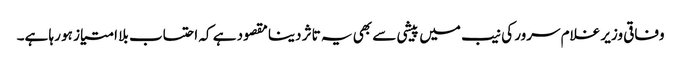
وفاقی وزیر غلام سرور کی نیب میں پیشی سے بھی یہ تاثر دینا مقصود ہے کہ احتساب بلا امتیاز ہو رہا ہے۔